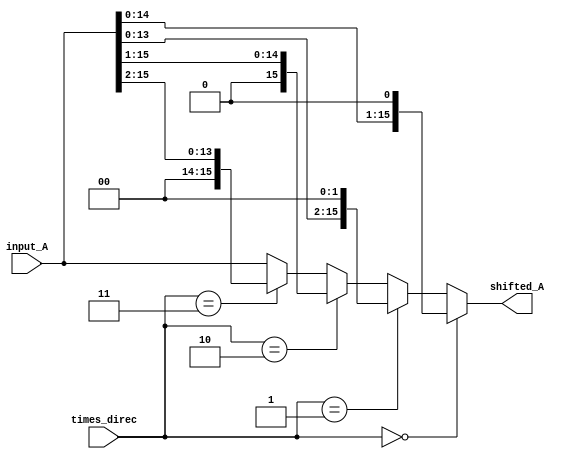
`timescale 1ns / 1ps

module shifter(
    input  [15:0] input_A,
    input  [2:0]  times_direc,    // 0 = 1 time  1 = 2 times    // 0 = left  1 = right
    output [15:0] shifted_A
);

wire [15:0] deneme;

assign deneme = {input_A[14:0], 1'b0};
assign shifted_A = (times_direc == 3'b000) ? deneme:
                   (times_direc == 3'b001) ? {input_A[13:0], 2'b00}:
                   (times_direc == 3'b010) ? {1'b0, input_A[15:1]}:
                   (times_direc == 3'b011) ? {2'b00, input_A[15:2]}:
                   input_A;

//always@(posedge CLK) 
//begin
//    if(direc == 1'b0)
//    begin
//        if(times == 1'b0)
//            shifted_A <= {input_A[14:0], 1'b0};
//        else
//            shifted_A <= {input_A[13:0], 2'b00};
//    end
//    else
//    begin
//        if(times == 1'b0)
//            shifted_A <= {1'b0, input_A[15:1]};
//        else
//            shifted_A <= {2'b00, input_A[15:2]};
//    end
//end

endmodule